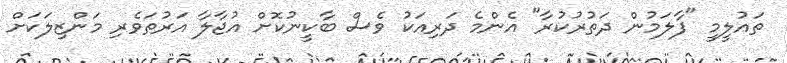
ތައުލީމީ "ފާލަމުން ދަތުރުކުރާ" އެންމެ ދަރިއަކު ވެސް ބާކީނުކޮށް އުޖާލާ އަރުތަވެރި މަންޒިލަކަށް